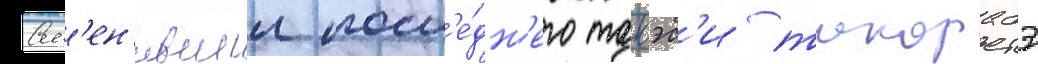
См'ен'ившии посл'е́дн'его такэс'и такарабэ